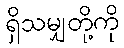
ရှိသမျှတို့ကို